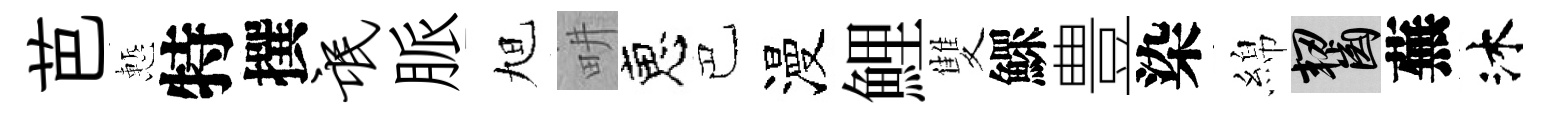
芭慙特撰氓脈旭畊恵巴漫鯉雙鰥豊染綿齧蕪沐